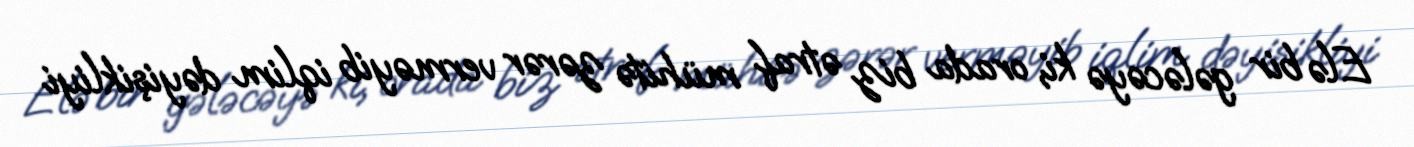
Elə bir gələcəyə ki, orada biz ətraf mühitə zərər verməyib iqlim dəyişikliyi